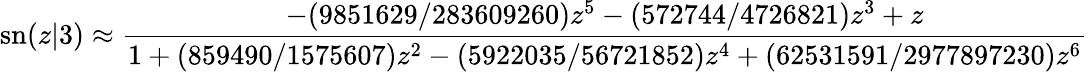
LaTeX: \mathrm{sn}(z|3)\approx{\frac{-(9851629/283609260)z^{5}-(572744/4726821)z^{3}+z}{1+(859490/1575607)z^{2}-(5922035/56721852)z^{4}+(62531591/2977897230)z^{6}}}